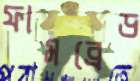
ফামব্রেড